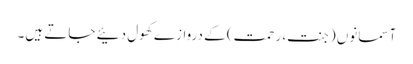
آسمانوں (جنت، رحمت) کے دروازے کھول دئیے جاتے ہیں۔